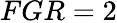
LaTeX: FGR=2